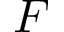
F